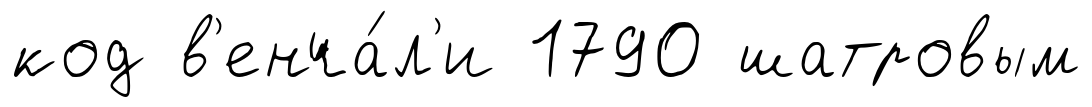
код в'енча́л'и 1790 шатровым